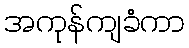
အကုန်ကျခံကာ